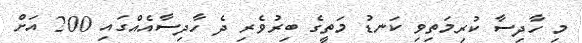
މި ހާދިސާ ކުރިމަތިވި ކަނޑު މަތީގެ ބިރުވެރި ދެ ހާދިސާއެއްގައި 200 އަށް